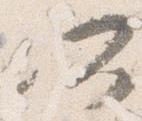
所